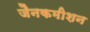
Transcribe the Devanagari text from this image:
जैनकमीशन